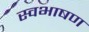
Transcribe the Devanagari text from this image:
स्वभाषण